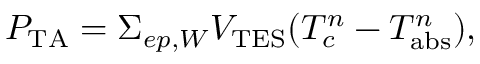
P _ { \mathrm { T A } } = \Sigma _ { e p , W } V _ { \mathrm { T E S } } ( T _ { c } ^ { n } - T _ { \mathrm { a b s } } ^ { n } ) ,